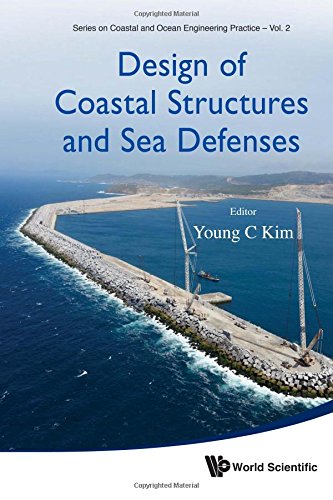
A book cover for Design of Coastal Structures and Sea Defenses (Series on Coastal and Ocean Engineering Practice); Engineering & Transportation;